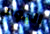
اليوم